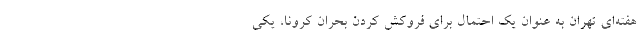
هفته‌ای تهران به عنوان یک احتمال برای فروکش کردن بحران کرونا، یکی